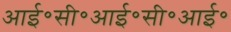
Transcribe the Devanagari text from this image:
आई॰सी॰आई॰सी॰आई॰